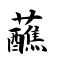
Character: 蘸